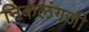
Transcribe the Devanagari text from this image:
निकलंगजी